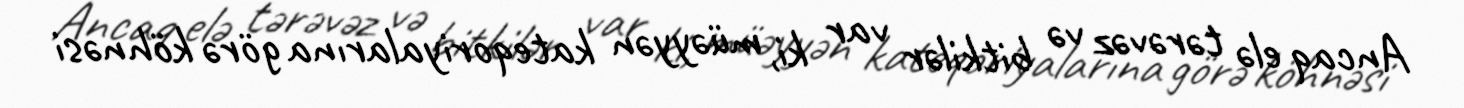
Ancaq elə tərəvəz və bitkilər var ki, müəyyən kateqoriyalarına görə köhnəsi